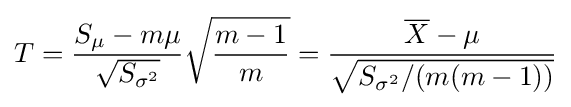
T={\frac {S_{\mu }-m\mu }{\sqrt {S_{\sigma ^{2}}}}}{\sqrt {\frac {m-1}{m}}}={\frac {{\overline {X}}-\mu }{\sqrt {S_{\sigma ^{2}}/(m(m-1))}}}